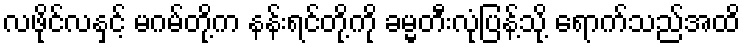
လဖိုင်လနှင့် မဂမ်တို့က နန်းရင်တို့ကို ခမ္မတီးလုံပြန့်သို့ ရောက်သည်အထိ